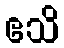
ဧသိ